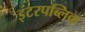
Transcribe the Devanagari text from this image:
इंटरपब्लिक